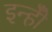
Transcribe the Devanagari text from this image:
इन्हीँ